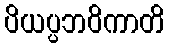
ပိယပ္ပဘဝိကာတိ